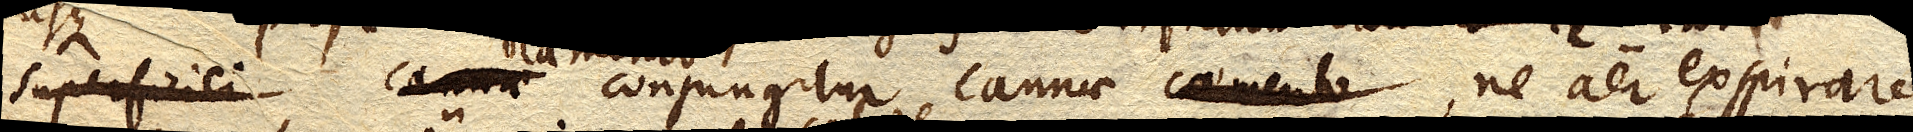
caemento conjungitur cannae, ne aer exspirare